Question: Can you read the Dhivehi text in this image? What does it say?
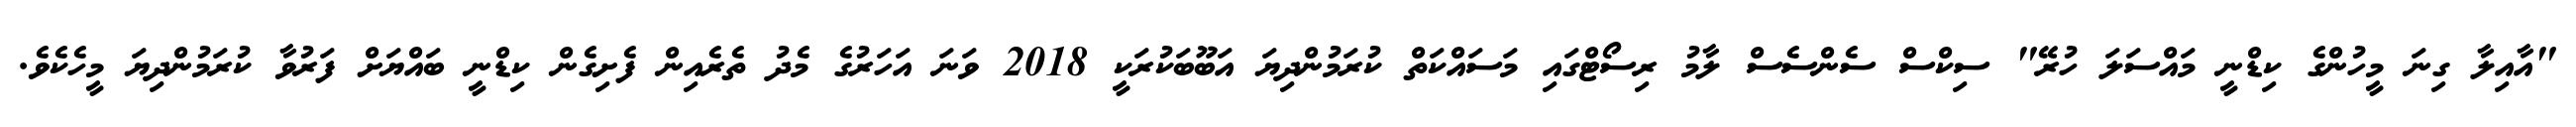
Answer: "އާއިލާ ގިނަ މީހުންގެ ކިޑްނީ މައްސަލަ ހުރޭ" ސިކްސް ސެންސެސް ލާމު ރިސޯޓްގައި މަސައްކަތް ކުރަމުންދިޔަ އަބޫބަކުރަކީ 2018 ވަނަ އަހަރުގެ މެދު ތެރެއިން ފެށިގެން ކިޑްނީ ބައްޔަށް ފަރުވާ ކުރަމުންދިޔަ މީހެކެވެ.